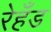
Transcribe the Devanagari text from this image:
रेहँड